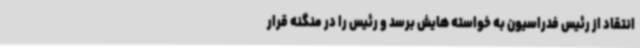
انتقاد از رئیس فدراسیون به خواسته هایش برسد و رئیس را در منگنه قرار